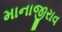
માનાજીરાવ